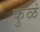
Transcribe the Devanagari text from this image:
कुळं